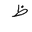
Letter: _za